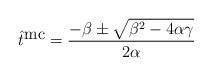
LaTeX: \begin{align*}\hat{t}^{\mbox{mc}}=\frac{-\beta\pm\sqrt{\beta^{2}-4\alpha\gamma}}{2\alpha}\end{align*}